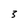
Character: 3